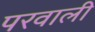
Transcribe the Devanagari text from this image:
परवाली